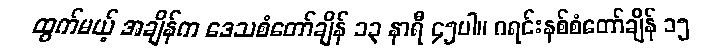
ထွက်မယ့် အချိန်က ဒေသစံတော်ချိန် ၁၃ နာရီ ၄၅ပါ။ ဂရင်းနစ်စံတော်ချိန် ၁၅